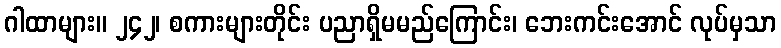
ဂါထာများ။ ၂၄၂၊ စကားများတိုင်း ပညာရှိမမည်ကြောင်း၊ ဘေးကင်းအောင် လုပ်မှသာ